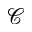
\mathcal { C }